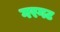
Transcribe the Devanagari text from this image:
गरगट